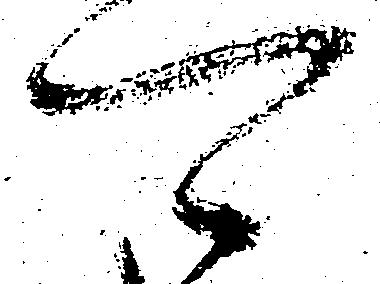
可